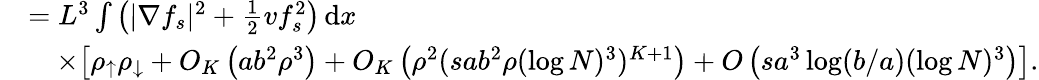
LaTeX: \begin{array}{rl}&{=L^{3}\int\left(|\nabla f_{s}|^{2}+\frac{1}{2}vf_{s}^{2}\right)\, \textnormal{d}x}\\ &{\quad\times\bigl[\rho_{\uparrow}\rho_{\downarrow}+O_{K}\left(ab^{2}\rho^{3}\right)+O_{K}\left(\rho^{2}(sab^{2}\rho(\log N)^{3})^{K+1}\right)+O\left(sa^{3}\log(b/a)(\log N)^{3}\right)\bigr].}\end{array}